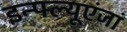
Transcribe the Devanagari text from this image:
इन्फ्ल्यूएंजां